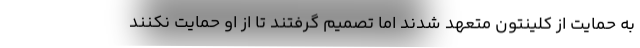
به حمایت از کلینتون متعهد شدند اما تصمیم گرفتند تا از او حمایت نکنند